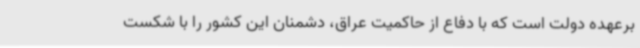
برعهده دولت است که با دفاع از حاکمیت عراق، دشمنان این کشور را با شکست